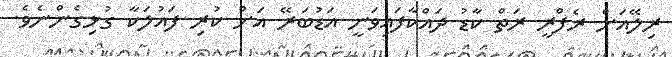
ރިލޭއަށް ރެފްރީ ރަތް ކާޑު ދައްކާފައިވަނީ އަޑުބަރޭ އަށް ކުރި ފައުލަކާ ގުޅިގެންނެވެ.